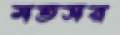
মতসর